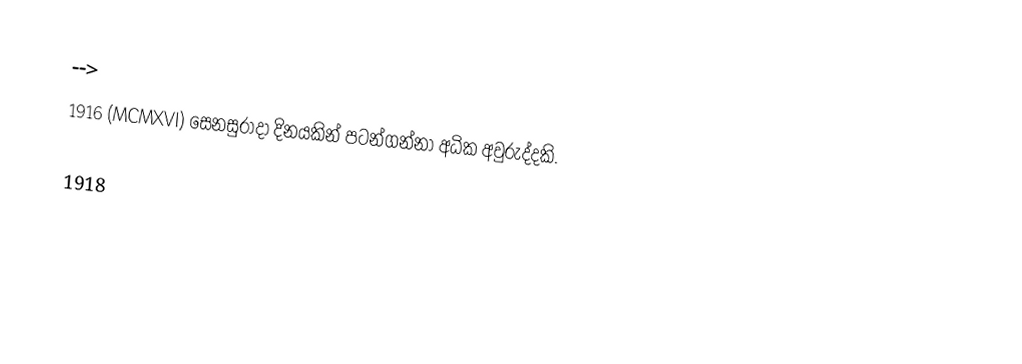
-->
1916 (MCMXVI) සෙනසුරාදා දිනයකින් පටන්ගන්නා අධික අවුරුද්දකි.

1918